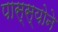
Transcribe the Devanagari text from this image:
पास्स्योने